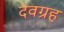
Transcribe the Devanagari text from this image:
देवग्रह